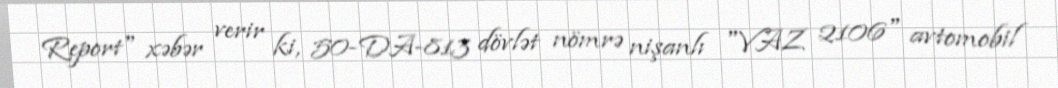
Report" xəbər verir ki, 50-DA-813 dövlət nömrə nişanlı "VAZ 2106" avtomobil